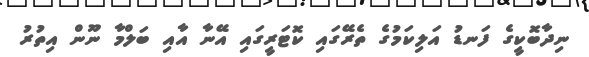
ނިދާބޮކީގެ ފަނޑު އަލިކަމުގެ ތެރޭގައި ކޮޓަރީގައި އޭނާ އާއި ބަލްމާ ނޫން އިތުރު